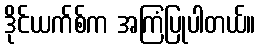
ဒိုင်ယက်စ်က အကြံပြုပါတယ်။